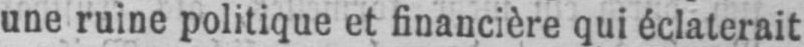
une ruine politique et financière qui éclaterait